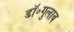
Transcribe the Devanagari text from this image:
डॉ॰गुलाब